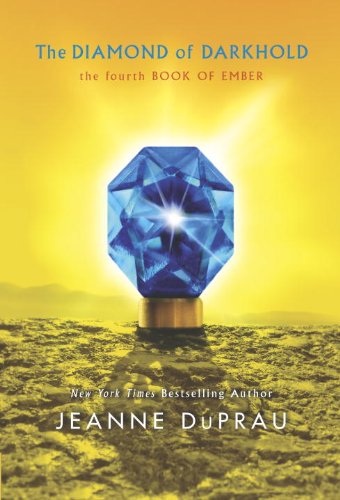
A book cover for The Diamond of Darkhold (Ember, Book 4); Jeanne DuPrau; Children's Books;